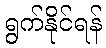
ရွက်နိုင်ရန်